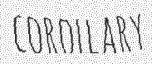
COROLLARY